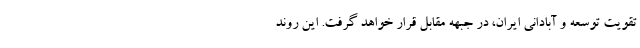
تقویت توسعه و آبادانی ایران، در جبهه مقابل قرار خواهد گرفت. این روند